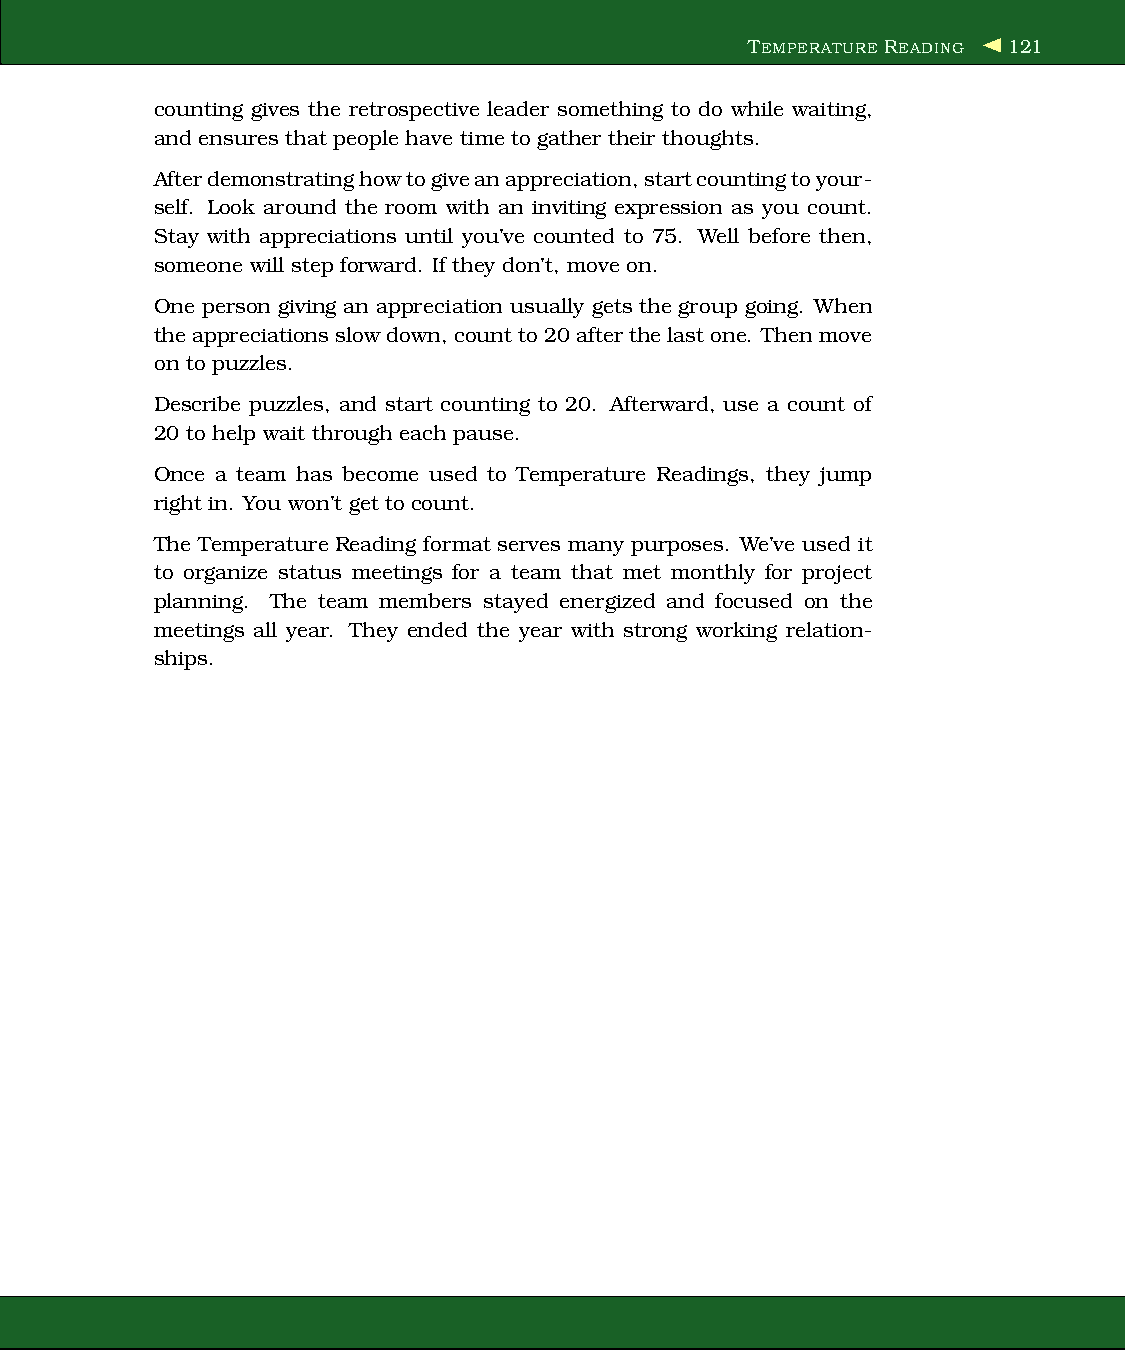
TEMPERATUREREADING 121
 counting gives the retrospective leader something to do while waiting,
 and ensures that people have time to gather their thoughts.
 Afterdemonstratinghowtogiveanappreciation,startcountingtoyour-
 self. Look around the room with an inviting expression as you count.
 Stay with appreciations until you’ve counted to 75. Well before then,
 someone will step forward. If they don’t, move on.
 One person giving an appreciation usually gets the group going. When
 theappreciations slow down, count to20 afterthelast one. Then move
 on to puzzles.
 Describe puzzles, and start counting to 20. Afterward, use a count of
 20 to help wait through each pause.
 Once a team has become used to Temperature Readings, they jump
 right in. You won’t get to count.
 The Temperature Reading format serves many purposes. We’ve used it
 to organize status meetings for a team that met monthly for project
 planning. The team members stayed energized and focused on the
 meetings all year. They ended the year with strong working relation-
 ships.